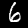
Digit: 6